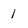
Character: 1